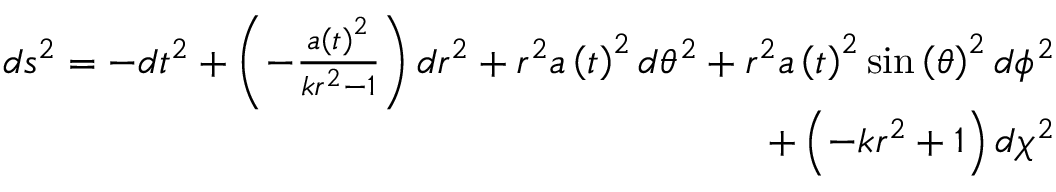
\begin{array} { r } { d s ^ { 2 } = - d t ^ { 2 } + \left( - \frac { a \left( t \right) ^ { 2 } } { k r ^ { 2 } - 1 } \right) d r ^ { 2 } + r ^ { 2 } a \left( t \right) ^ { 2 } d \theta ^ { 2 } + r ^ { 2 } a \left( t \right) ^ { 2 } \sin \left( { \theta } \right) ^ { 2 } d \phi ^ { 2 } } \\ { + \left( - k r ^ { 2 } + 1 \right) d \chi ^ { 2 } } \end{array}